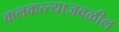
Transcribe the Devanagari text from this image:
कलकत्त्याजवळील